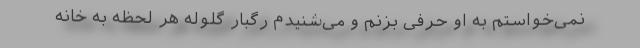
نمی‌خواستم به او حرفی بزنم و می‌شنیدم رگبار گلوله هر لحظه به خانه